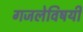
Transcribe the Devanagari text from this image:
गजलेविषयी